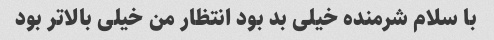
با سلام شرمنده خیلی بد بود انتظار من خیلی بالا‌تر بود